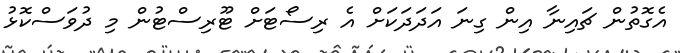
އެގޮތުން ޗައިނާ އިން ގިނަ އަދަދަކަށް އެ ރިސޯޓަށް ޓޫރިސްޓުން މި ދުވަސްކޮޅު